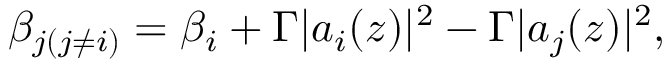
\beta _ { j ( j \neq i ) } = \beta _ { i } + \Gamma | a _ { i } ( z ) | ^ { 2 } - \Gamma | a _ { j } ( z ) | ^ { 2 } ,